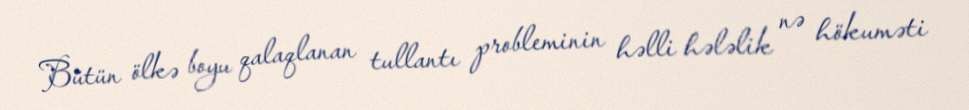
Bütün ölkə boyu qalaqlanan tullantı probleminin həlli hələlik nə hökuməti